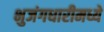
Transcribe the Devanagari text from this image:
भुजंगधारीमध्ये